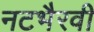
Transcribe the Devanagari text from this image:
नटभैरवी